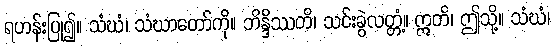
ရဟန်းပြု၍။ သံဃံ၊ သံဃာတော်ကို။ ဘိန္ဒိဿတိ၊ သင်းခွဲလတ္တံ့။ ဣတိ၊ ဤသို့။ သံဃံ၊